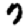
Digit: 7